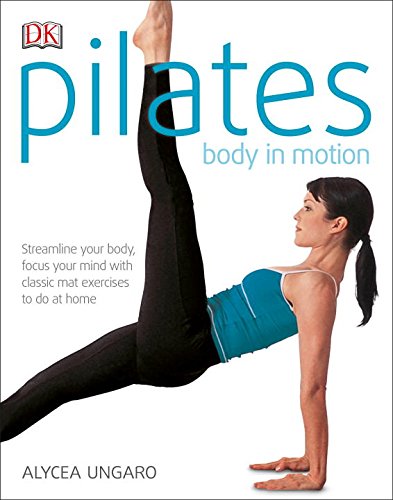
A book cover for Pilates: Body in Motion; Alycea  Ungaro; Health, Fitness & Dieting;